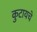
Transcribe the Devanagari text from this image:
कुटायचे